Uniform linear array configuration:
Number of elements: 64
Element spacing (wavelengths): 0.5
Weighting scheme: kaiser
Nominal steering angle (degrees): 0
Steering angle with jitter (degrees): -0.07511
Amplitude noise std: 0.05
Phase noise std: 0.05

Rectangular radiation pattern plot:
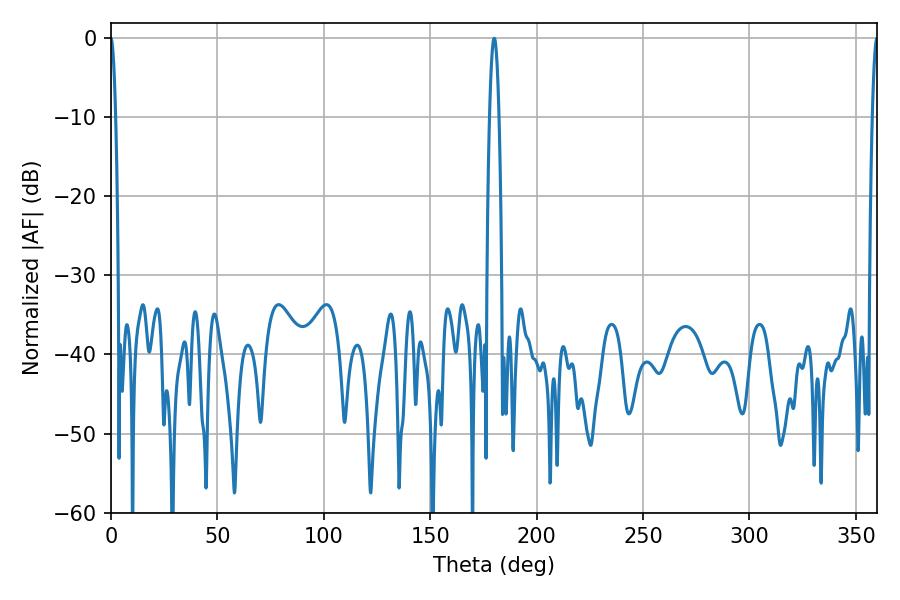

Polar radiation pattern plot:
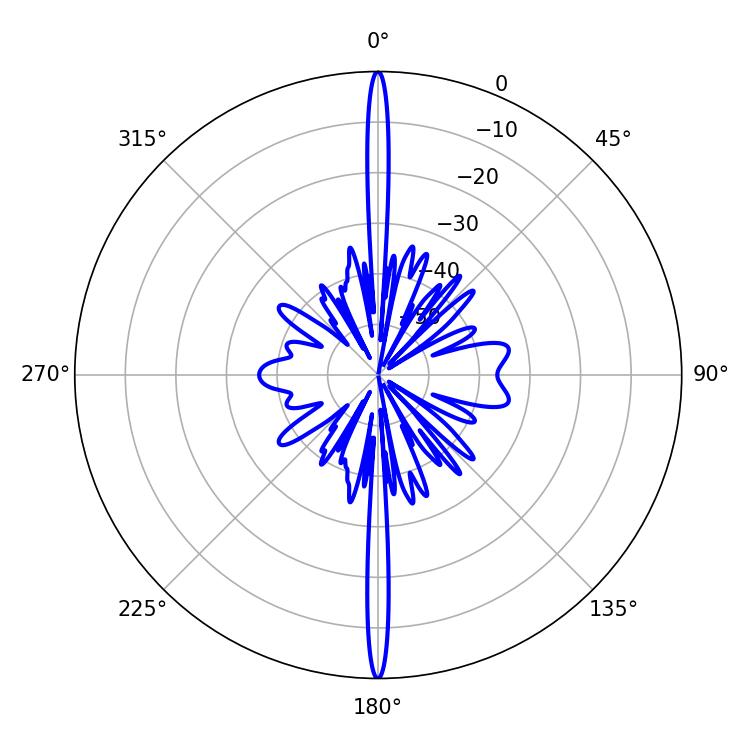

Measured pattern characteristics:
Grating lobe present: FALSE
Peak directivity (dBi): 48.068
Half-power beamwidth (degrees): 1.26
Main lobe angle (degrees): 360